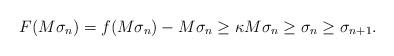
LaTeX: \begin{align*}F(M\sigma_n)=f(M\sigma_n)-M\sigma_n\ge \kappa M\sigma_n\ge \sigma_n\ge \sigma_{n+1}.\end{align*}